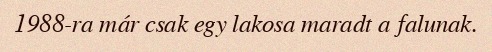
1988-ra már csak egy lakosa maradt a falunak.